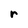
Character: r